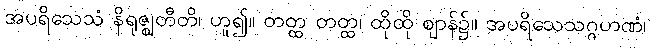
အပရိသေသံ နိရုဇ္ဈတီတိ၊ ဟူ၍။ တတ္ထ တတ္ထ၊ ထိုထို ဈာန်၌။ အပရိသေသဂ္ဂဟဏံ၊